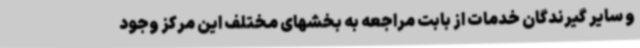
و سایر گیرندگان خدمات از بابت مراجعه به بخشهای مختلف این مرکز وجود